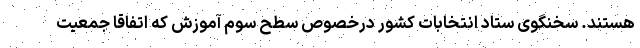
هستند. سخنگوی ستاد انتخابات کشور درخصوص سطح سوم آموزش که اتفاقا جمعیت